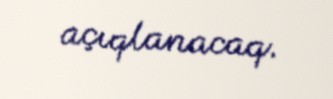
açıqlanacaq.